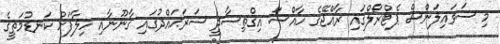
މި ސަވައިލަންސް ޕެޓްރޯލްގައި ރާއްޖޭގެ ހާއްސަ އިގްތިސާދީ ސަރަޙައްދުގައި ގާނޫނާއި ހިލާފަށް ކަނޑުމަތީގެ